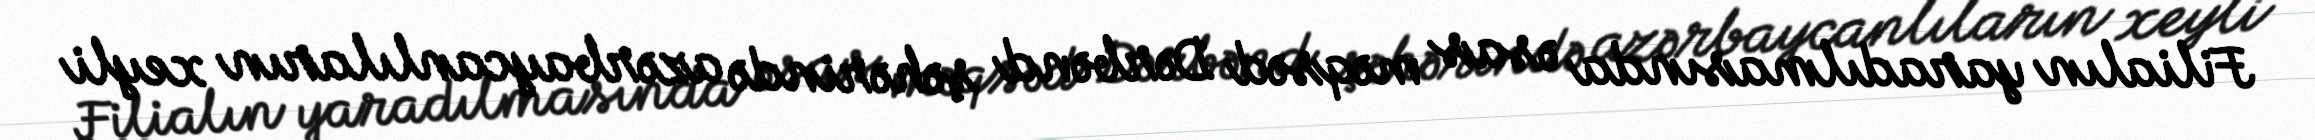
Filialın yaradılmasında əsas məqsəd Dərbənd şəhərində azərbaycanlıların xeyli